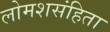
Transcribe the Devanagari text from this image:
लोमशसंहिता